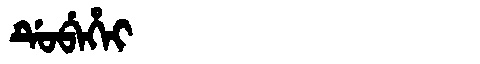
Manchu: ᡩᡠᠪᡝᡥᡝᡳ
Romanization: DUBEHEI